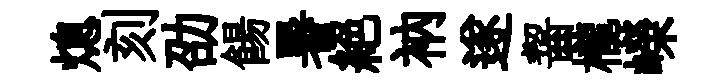
熄刻劭餳暑絕衲遂齧櫳嶸